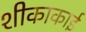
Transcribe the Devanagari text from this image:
शीकाकाई